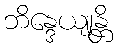
ဘိန္ဒေယျုန္တိ